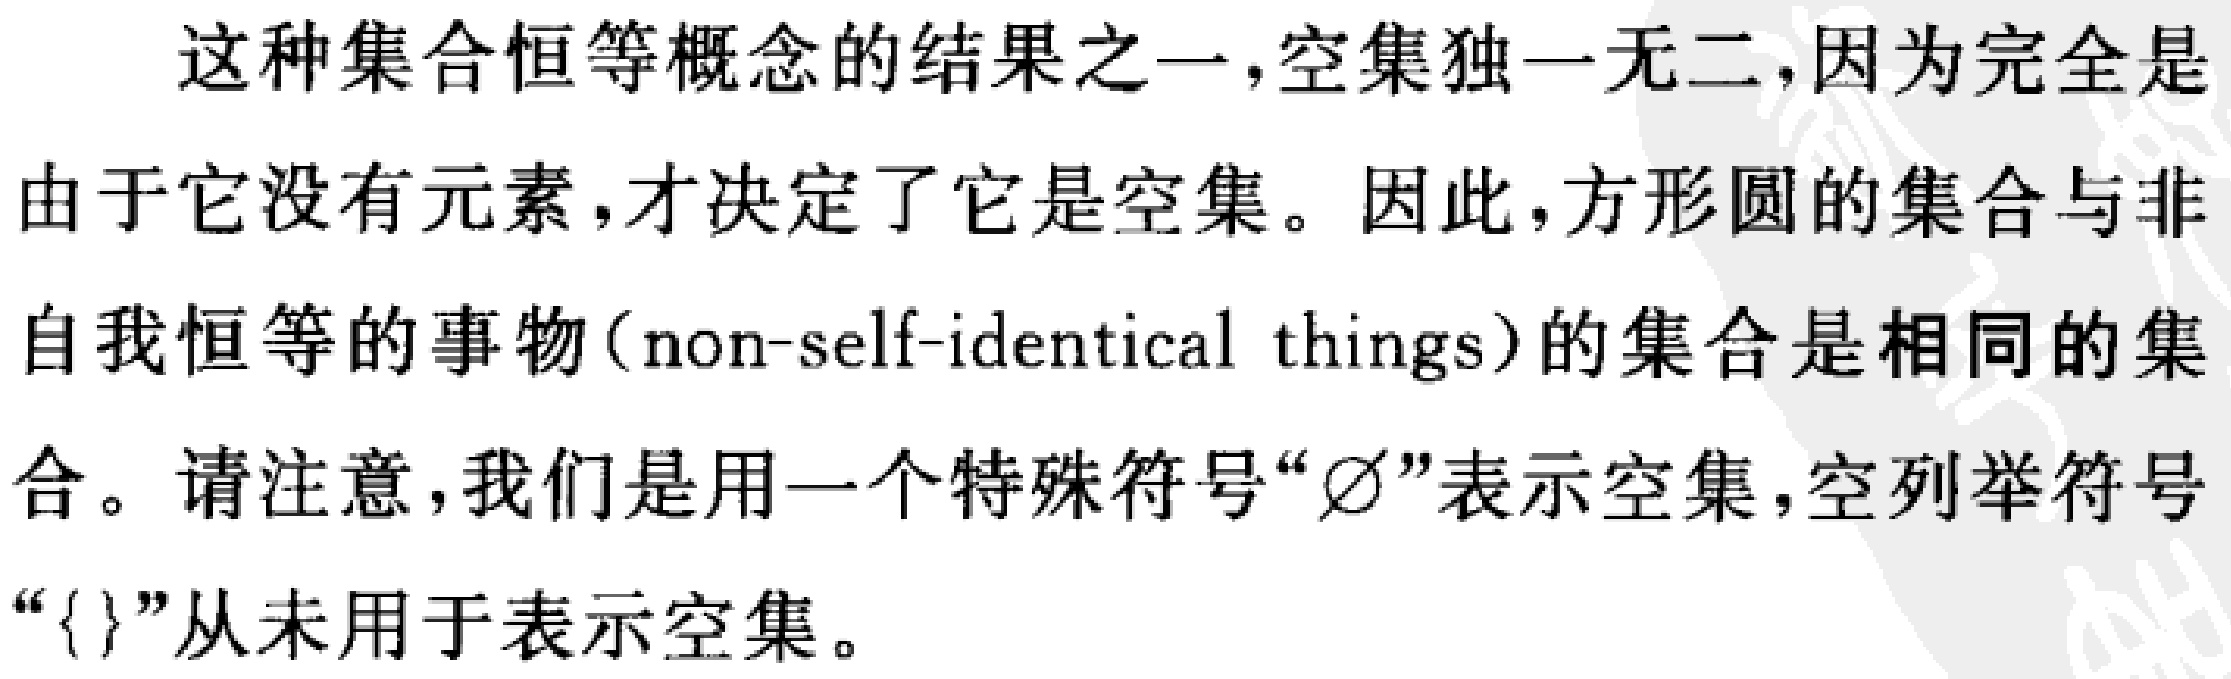
这种集合恒等概念的结果之一，空集独一无二，因为完全是由于它没有元素，才决定了它是空集。因此，方形圆的集合与非自我恒等的事物（non-self-identical things）的集合是相同的集合。请注意，我们是用一个特殊符号“$\varnothing$”表示空集，空列举符号“$\{\}$”从未用于表示空集。